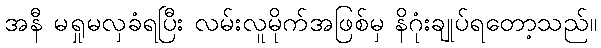
အနီ မရှုမလှခံရပြီး လမ်းလူမိုက်အဖြစ်မှ နိဂုံးချုပ်ရတော့သည်။